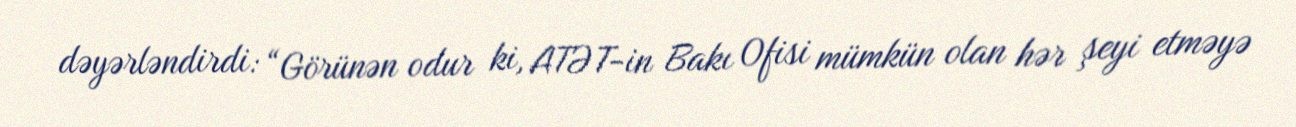
dəyərləndirdi: “Görünən odur ki, ATƏT-in Bakı Ofisi mümkün olan hər şeyi etməyə